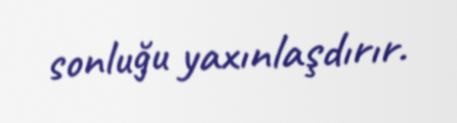
sonluğu yaxınlaşdırır.